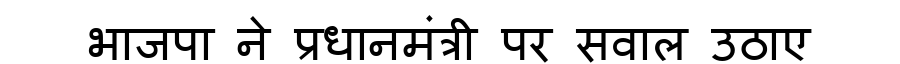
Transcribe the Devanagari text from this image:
भाजपा ने प्रधानमंत्री पर सवाल उठाए